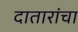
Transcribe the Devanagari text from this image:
दातारांचा